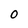
Character: 0